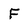
Character: F